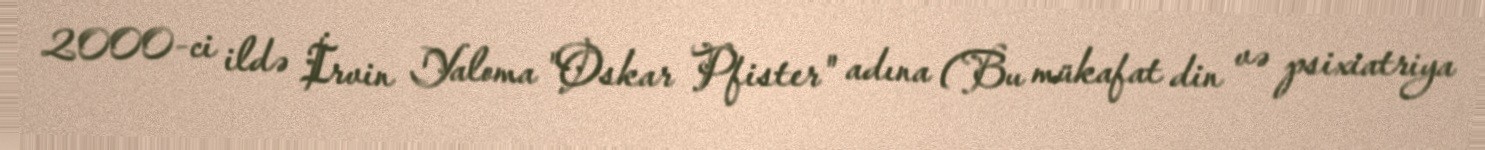
2000-ci ildə İrvin Yaloma "Oskar Pfister" adına (Bu mükafat din və psixiatriya